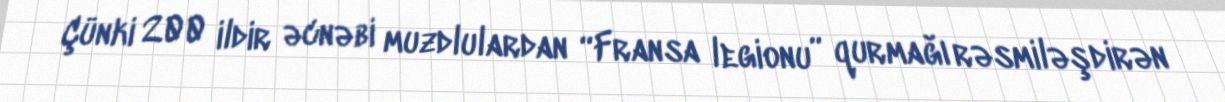
Çünki 200 ildir əcnəbi muzdlulardan “Fransa legionu” qurmağı rəsmiləşdirən